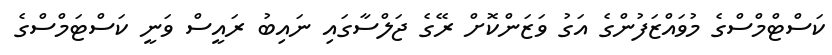
ކަސްޓްމްސްގެ މުވައްޒަފުންގެ އަގު ވަޒަންކޮށް ރޭގެ ޖަލްސާގައި ނައިބު ރައީސް ވަނީ ކަސްޓަމްސްގެ